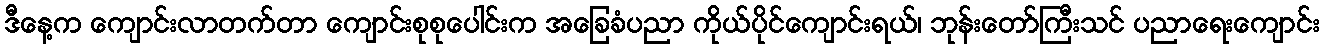
ဒီနေ့က ကျောင်းလာတက်တာ ကျောင်းစုစုပေါင်းက အခြေခံပညာ ကိုယ်ပိုင်ကျောင်းရယ်၊ ဘုန်းတော်ကြီးသင် ပညာရေးကျောင်း